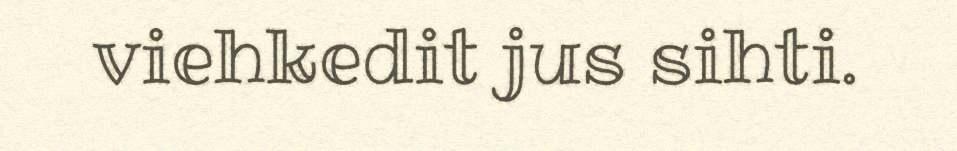
viehkedit jus sihti.